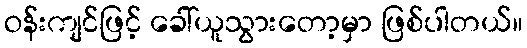
ဝန်းကျင်ဖြင့် ခေါ်ယူသွားတော့မှာ ဖြစ်ပါတယ်။